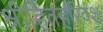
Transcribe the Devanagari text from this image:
श्रीहितहरिवंश